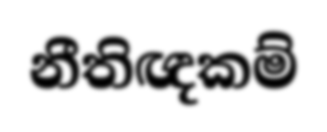
නීතිඥකම්